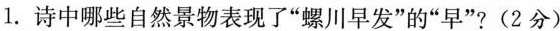
1. 诗中哪些自然景物表现了”螺川早发”的”早”?(2分)